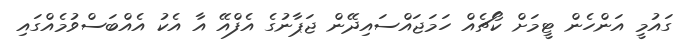
ގައުމީ އަންހެން ޓީމަށް ކޯޗެއް ހަމަޖައްސައިދޭން ޖަޕާނުގެ އެފްއޭ އާ އެކު އެއްބަސްވުމެއްގައި